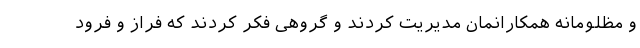
و مظلومانه همکارانمان مدیریت کردند و گروهی فکر کردند که فراز و فرود